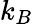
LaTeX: k_{B}